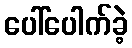
ပေါ်ပေါက်ခဲ့